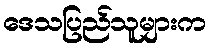
ဒေသပြည်သူများက